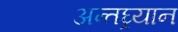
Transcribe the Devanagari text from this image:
अन्तघ्र्यान